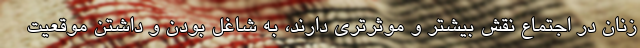
زنان در اجتماع نقش بیشتر و موثرتری دارند، به شاغل بودن و داشتن موقعیت